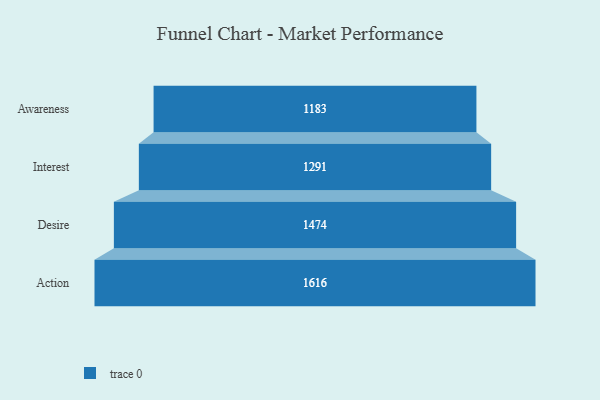
{"axis": {"x": "Stage", "y": "Value"}, "legend": [""], "data": [{"x": "Awareness", "y": 1183.0, "type": ""}, {"x": "Interest", "y": 1291.0, "type": ""}, {"x": "Desire", "y": 1474.0, "type": ""}, {"x": "Action", "y": 1616.0, "type": ""}]}